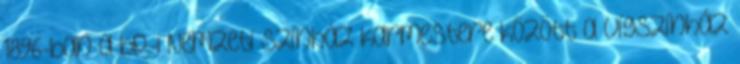
1896-ban a bp.-i Nemzeti Színház karmestere között a Vígszínház